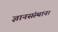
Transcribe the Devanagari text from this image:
ज्ञानसंस्थान।